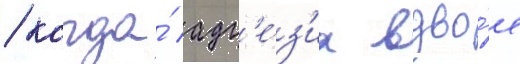
/ когда́ адг'е́з'иа вдво́е